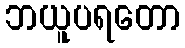
ဘယူပရတော